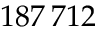
1 8 7 \, 7 1 2